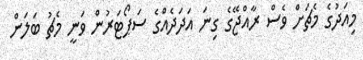
މިއަދުގެ މެޗަށް ވެސް ރާއްޖޭގެ ގިނަ އަދަދެއްގެ ސަޕޯޓަރުން ވަނީ މެޗު ބަލަން